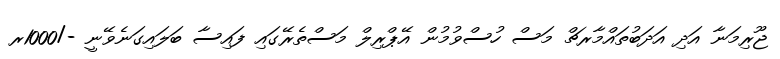
ޖޫރިމަނާ އަދި އަދަބުތައްމާރޗް މަސް ހުސްވުމުން އޭޕްރިލް މަސްތެރޭގައި ފައިސާ ބަލައިގަނެވޭނީ -/1000ރ